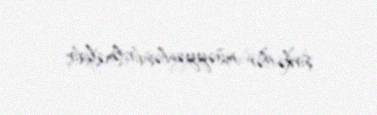
şirkətlər müəyyənləşdirilməlidir.